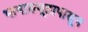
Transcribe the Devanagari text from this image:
भाषासमूहापासून